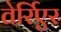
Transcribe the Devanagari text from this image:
तेर्रिएर